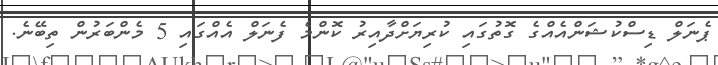
ޕެނަލް ޑިސްކުޝަންއެއްގެ ގޮތުގައި ކުރިޔަށްދާއިރު ކޮންމެ ފެނަލް އެއްގައި 5 މެންބަރުން ތިބޭނެ.